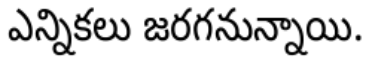
ఎన్నికలు జరగనున్నాయి.